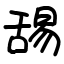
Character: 舓